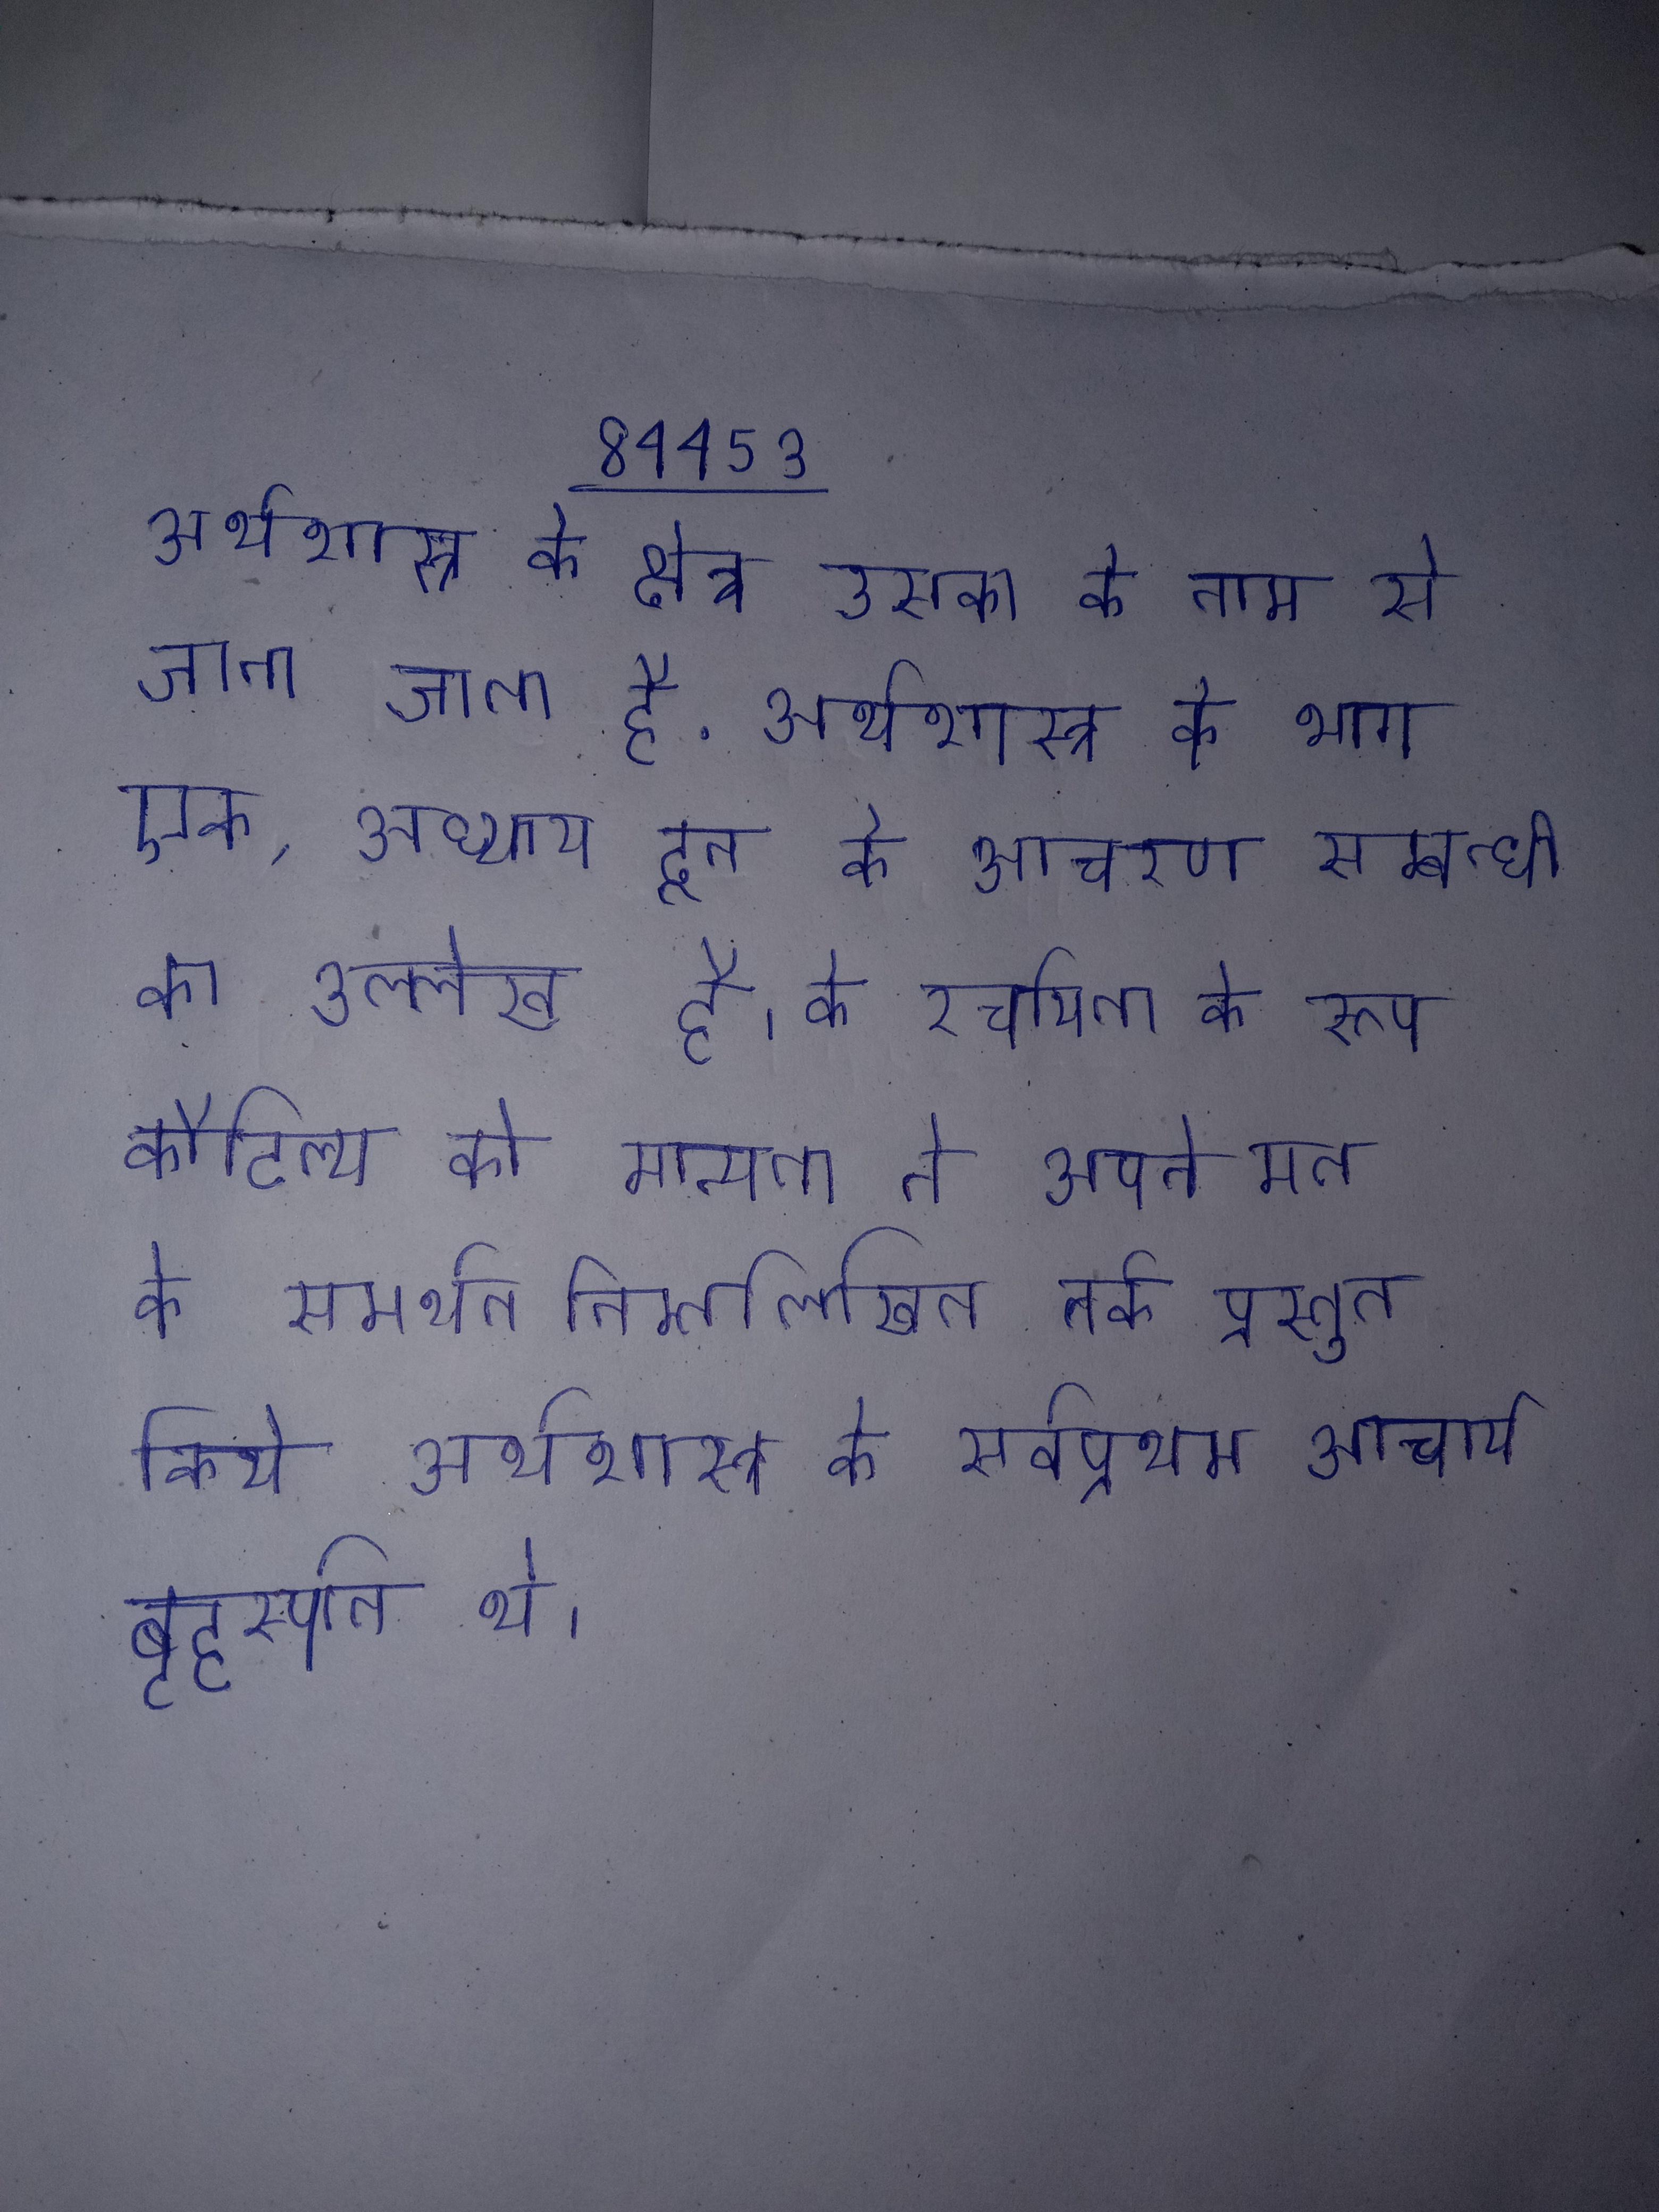
अर्थशास्त्र के क्षेत्र उसका के नाम से जाना जाता है . अर्थशास्त्र के भाग एक, अध्याय दूत के आचरण सम्बन्धी का उल्लेख है । के रचयिता के रूप कौटिल्य को मान्यता ने अपने मत के समर्थन निम्नलिखित तर्क प्रस्तुत किये अर्थशास्त्र के सर्वप्रथम आचार्य बृहस्पति थे ।